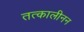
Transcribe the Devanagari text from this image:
तत्कालीनन